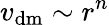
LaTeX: v_{\mathrm{dm}}\sim r^{n}